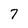
Character: 7